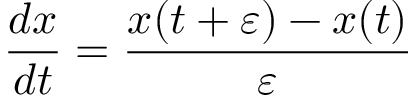
{ \frac { d x } { d t } } = { \frac { x ( t + \varepsilon ) - x ( t ) } { \varepsilon } }